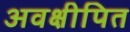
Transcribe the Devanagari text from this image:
अवक्षीपित